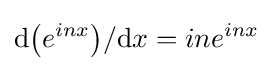
{{\text{d}}{\big (}e^{inx}{\big )}}/{\text{d}}x=ine^{inx}